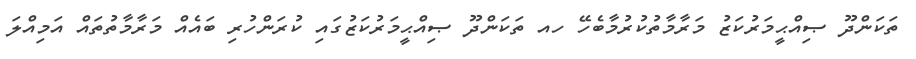
ތަކަންދޫ ޞިއްޙީމަރުކަޒު މަރާމާތުކުރުމާބެހޭ ހއ ތަކަންދޫ ޞިއްޙީމަރުކަޒުގައި ކުރަންހުރި ބައެއް މަރާމާތުތައް އަމިއްލަ